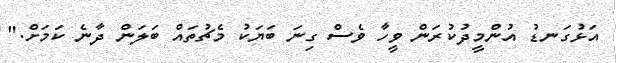
އަޅުގަނޑު އުންމީދުކުރަން ވީހާ ވެސް ގިނަ ބަޔަކު މެޗުތައް ބަލަން ދާނެ ކަމަށް."